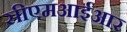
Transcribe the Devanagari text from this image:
सीएमआईआर